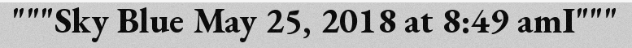
"""Sky Blue May 25, 2018 at 8:49 amI"""